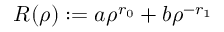
R ( \rho ) : = a \rho ^ { r _ { 0 } } + b \rho ^ { - r _ { 1 } }